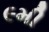
૯મી